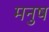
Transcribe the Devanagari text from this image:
मनुष